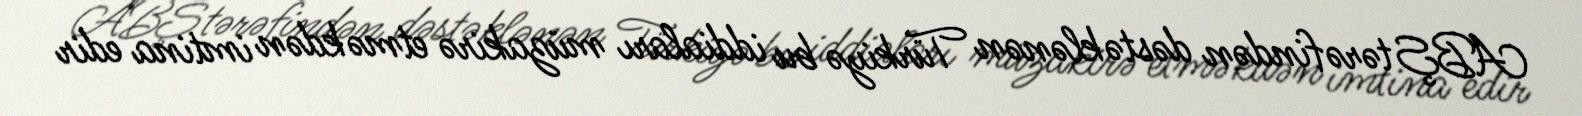
ABŞ tərəfindən dəstəklənən Türkiyə bu iddiaları müzakirə etməkdən imtina edir